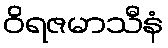
ဝိရဇမာသီနံ